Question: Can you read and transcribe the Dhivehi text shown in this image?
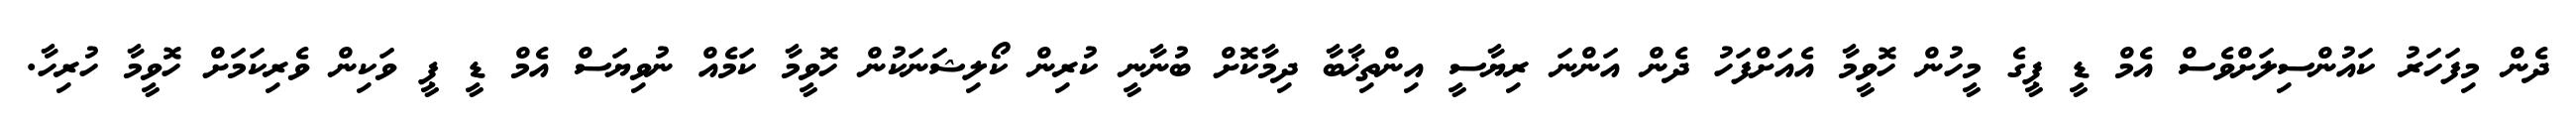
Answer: ދެން މިފަހަރު ކައުންސިލަށްވެސް އެމް ޑީ ޕީގެ މީހުން ހޮވީމާ އެއަށްފަހު ދެން އަންނަ ރިޔާސީ އިންތިޚާބާ ދިމާކޮށް ބުނާނީ ކުރިން ކޯލިޝަނަކުން ހޮވީމާ ކަމެއް ނުވިޔަސް އެމް ޑީ ޕީ ވަކިން ވެރިކަމަށް ހޮވީމާ ހުރިހާ.